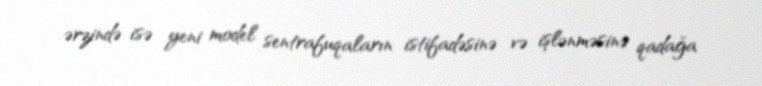
ərzində isə yeni model sentrafuqaların istifadəsinə və işlənməsinə qadağa